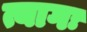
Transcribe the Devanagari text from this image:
त्यागः